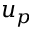
u _ { p }